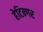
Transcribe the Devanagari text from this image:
हेटिन्गर